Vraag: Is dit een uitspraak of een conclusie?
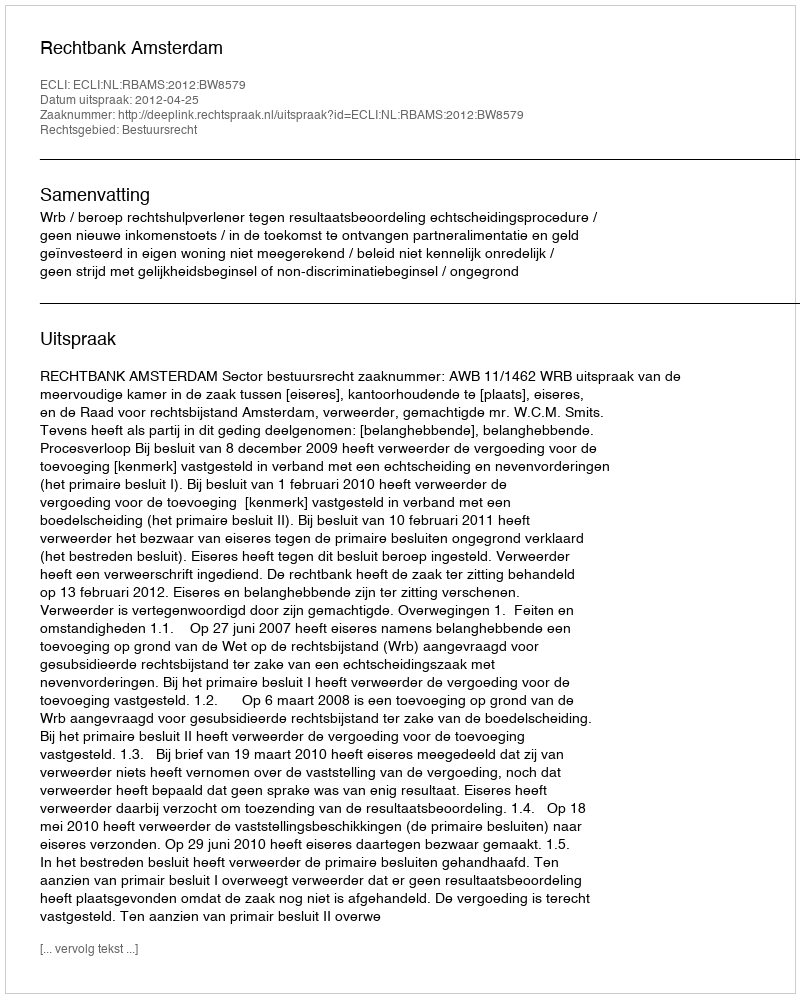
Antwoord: Uitspraak